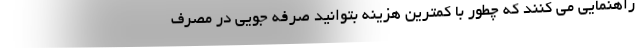
راهنمایی می کنند که چطور با کمترین هزینه بتوانید صرفه جویی در مصرف